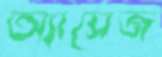
অ্যাসেজ